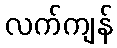
လက်ကျန်